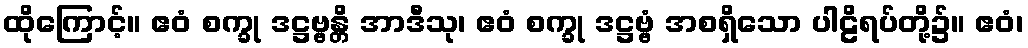
ထိုကြောင့်။ ဧဝံ စက္ခု ဒဋ္ဌဗ္ဗန္တိ အာဒီသု၊ ဧဝံ စက္ခု ဒဋ္ဌဗ္ဗံ အစရှိသော ပါဠိရပ်တို့၌။ ဧဝံ၊